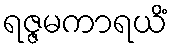
ရဇ္ဇမကာရယိံ